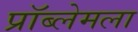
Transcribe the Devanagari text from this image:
प्रॉब्लेमला